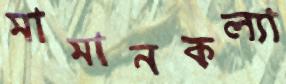
মামানকল্যা